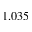
1 . 0 3 5